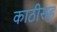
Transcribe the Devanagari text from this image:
काठीसह